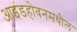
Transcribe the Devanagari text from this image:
आइंडहोवनमधील